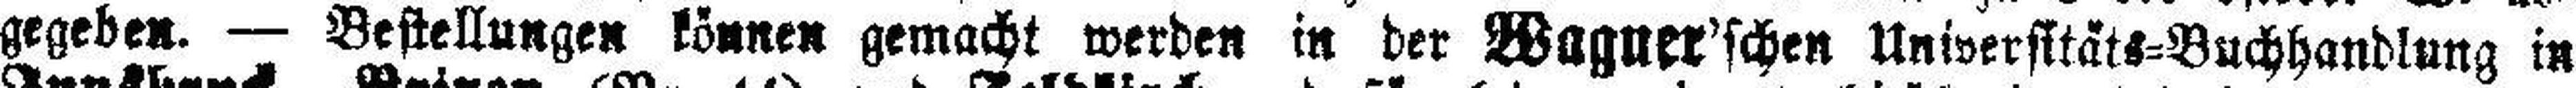
gegeben. — Bestellungen können gemacht werden in der Wagner'schen Universttäts=Buchhandlung in